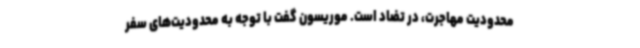
محدودیت مهاجرت، در تضاد است. موریسون گفت با توجه به محدودیت‌های سفر